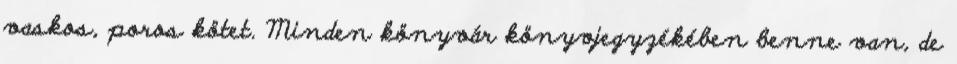
vaskos, poros kötet. Minden könyvár könyvjegyzékében benne van, de